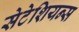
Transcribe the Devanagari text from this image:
सेटेशियन्स